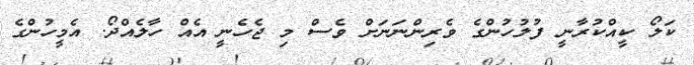
ކަލޯ ކީއްކުރާނީ ފުލުހުންގެ ވެރިންނަނަށް ވެސް މި ޖެހެނީ އެއް ހާލެއްދޯ. އެމީހުންގެ